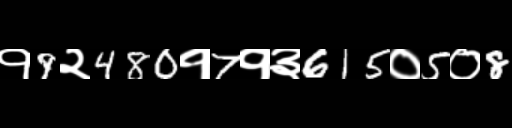
Text: १9२480१7१३615०5०8